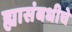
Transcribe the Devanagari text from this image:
ह्यासंबधीचे